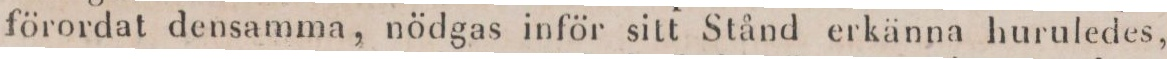
förordat densamma, nödgas inför sitt Stånd erkänna huruledes,